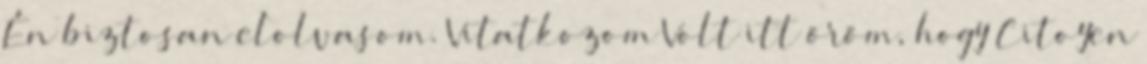
Én biztosan elolvasom. Vitatkozom Volt itt öröm, hogy Citoyen